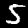
Label: 5